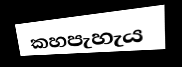
කහපැහැය